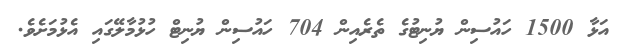
އަޅާ 1500 ހައުސިން ޔުނިޓުގެ ތެރެއިން 704 ހައުސިން ޔުނިޓް ހުޅުމާލޭގައި އެޅުމަށެވެ.